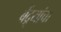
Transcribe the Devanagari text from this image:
बेंद्र्यांचा